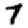
Digit: 7